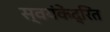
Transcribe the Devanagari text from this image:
स्वयंकेंद्रित